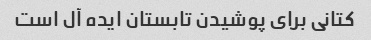
کتانی برای پوشیدن تابستان ایده آل است